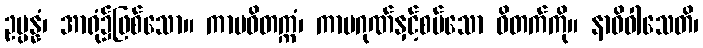
ဥပ္ပန္နံ၊ အာရုံ၌ဖြစ်သော။ ကာမဝိတက္ကံ၊ ကာမဂုဏ်နှင့်စပ်သော ဝိတက်ကို။ နာဓိဝါသေတိ၊